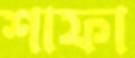
শাফা